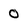
Character: 0